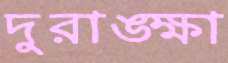
দুরাঙ্ক্ষা